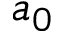
a _ { 0 }